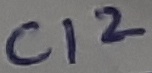
Text: C12